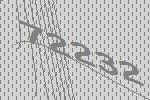
72232